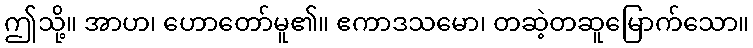
ဤသို့။ အာဟ၊ ဟောတော်မူ၏။ ဧကာဒသမော၊ တဆဲ့တဆူမြောက်သော။